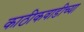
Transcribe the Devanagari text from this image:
काठीकवाडीच्या